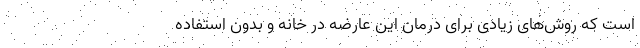
است که روش‌های زیادی برای درمان این عارضه در خانه‌ و بدون استفاده